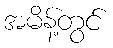
အမိန့်တွင်